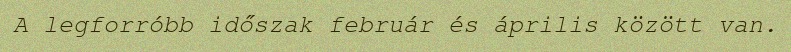
A legforróbb időszak február és április között van.